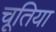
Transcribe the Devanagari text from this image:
चूतिया